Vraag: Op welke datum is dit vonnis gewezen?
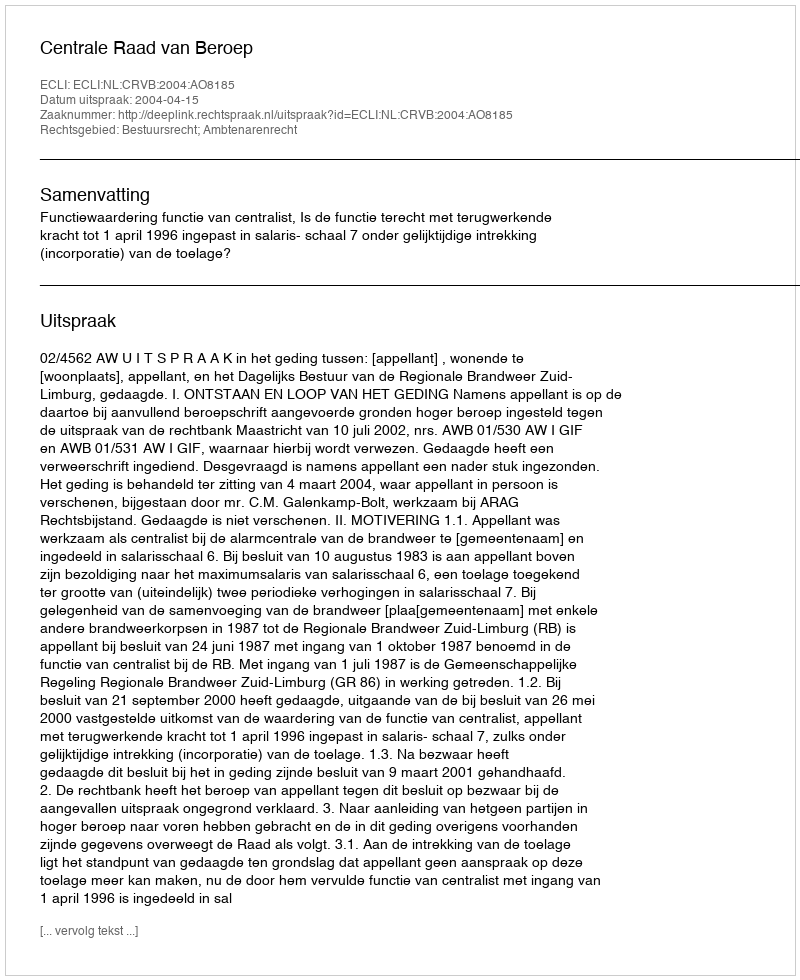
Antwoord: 2004-04-15